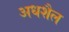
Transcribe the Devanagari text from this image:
अधशैल